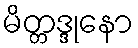
မိတ္တဒ္ဒုနော